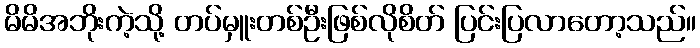
မိမိအဘိုးကဲ့သို့ တပ်မှူးတစ်ဦးဖြစ်လိုစိတ် ပြင်းပြလာတော့သည်။